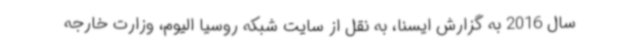
سال 2016 به گزارش ایسنا، به نقل از سایت شبکه روسیا الیوم، وزارت خارجه